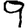
Digit: 9